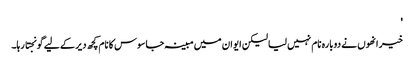
'
خیر انھوں نے دوبارہ نام نہیں لیا لیکن ایوان میں مبینہ جاسوس کا نام کچھ دیر کے لیے گونجتا رہا۔